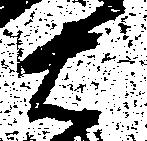
右